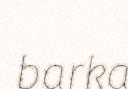
barka